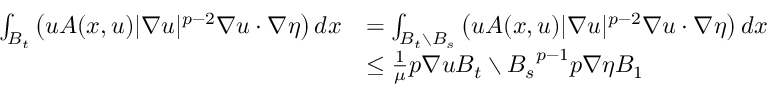
\begin{array} { r l } { \int _ { B _ { t } } \big ( u A ( x , u ) | \nabla u | ^ { p - 2 } \nabla u \cdot \nabla \eta \big ) \, d x } & { = \int _ { B _ { t } \setminus B _ { s } } \big ( u A ( x , u ) | \nabla u | ^ { p - 2 } \nabla u \cdot \nabla \eta \big ) \, d x } \\ & { \le \frac { 1 } { \mu } \L { p } { \nabla u } { B _ { t } \setminus B _ { s } } ^ { p - 1 } \L { p } { \nabla \eta } { B _ { 1 } } } \end{array}